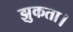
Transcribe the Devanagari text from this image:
झुकता।